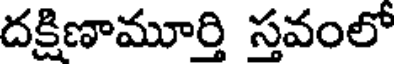
దక్షిణామూర్తి స్తవంలో